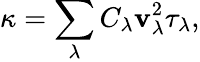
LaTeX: \kappa=\sum_{\lambda}C_{\lambda}\mathbf{v}_{\lambda}^{2}\tau_{\lambda},